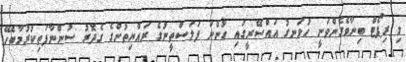
މި ރިޕޯޓް ބިނާވެގެންވަނީ ހުޅަނގު އައްސޭރީގައި ހުންނަ ފަލަސްތީނުގެ ރައްޔިތުންގެ ގެދޮރު ސުންނާފަތިކުރުމާބެހޭ